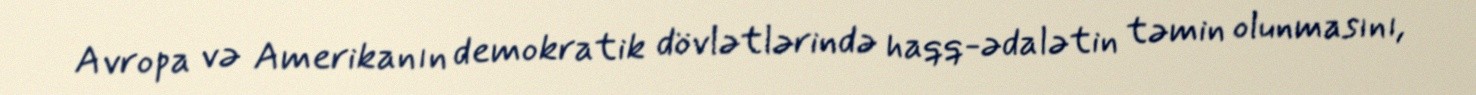
Avropa və Amerikanın demokratik dövlətlərində haqq-ədalətin təmin olunmasını,